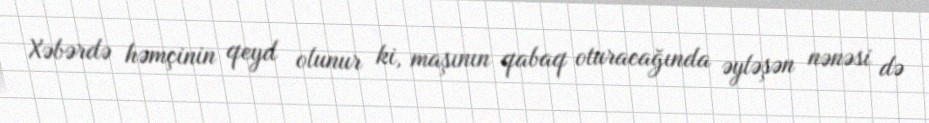
Xəbərdə həmçinin qeyd olunur ki, maşının qabaq oturacağında əyləşən nənəsi də